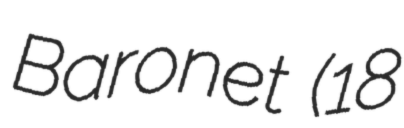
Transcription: Baronet (18